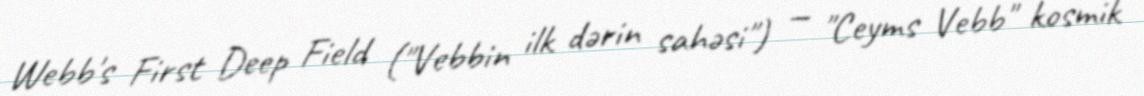
Webb's First Deep Field ("Vebbin ilk dərin sahəsi") — "Ceyms Vebb" kosmik